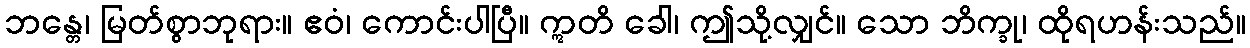
ဘန္တေ၊ မြတ်စွာဘုရား။ ဧဝံ၊ ကောင်းပါပြီ။ ဣတိ ခေါ၊ ဤသို့လျှင်။ သော ဘိက္ခု၊ ထိုရဟန်းသည်။